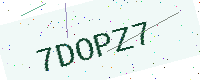
Text: 7DOPZ7